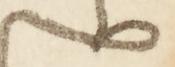
ハ